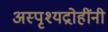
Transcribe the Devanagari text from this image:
अस्पृश्यद्रोहींनी